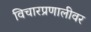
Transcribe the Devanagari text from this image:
विचारप्रणालीवर